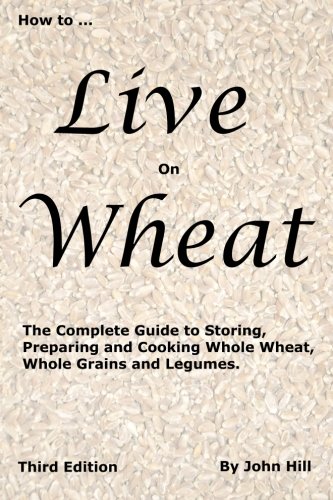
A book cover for How to Live on Wheat; John W Hill; Cookbooks, Food & Wine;